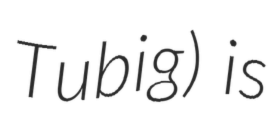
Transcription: Tubig) is